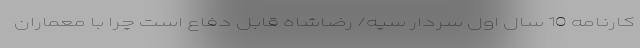
کارنامه 10 سال اول سردار سپه/ رضاشاه قابل دفاع است چرا با معماران